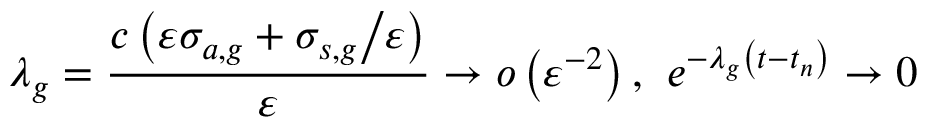
\lambda _ { g } = \frac { c \left( \varepsilon \sigma _ { a , g } + { \sigma _ { s , g } \mathord { \left/ { \vphantom { \sigma _ { s , g } \varepsilon } } \right. \kern - \nulldelimiterspace } \varepsilon } \right) } { \varepsilon } \to o \left( \varepsilon ^ { - 2 } \right) \mathrm { , } \; \; e ^ { - \lambda _ { g } \left( t - t _ { n } \right) } \to 0